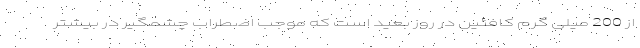
از 200 میلی گرم کافئین در روز بعید است که موجب اضطراب چشمگیر در بیشتر